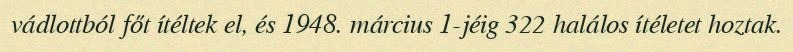
vádlottból főt ítéltek el, és 1948. március 1-jéig 322 halálos ítéletet hoztak.